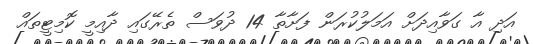
އަދި އާ ގަވާއިދަށް އަމަލުކުރަން ފަށާތާ 14 ދުވަސް ތެރޭގައި ދާއިމީ ކޮމިޓީތައް